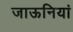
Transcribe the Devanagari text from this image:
जाऊनियां